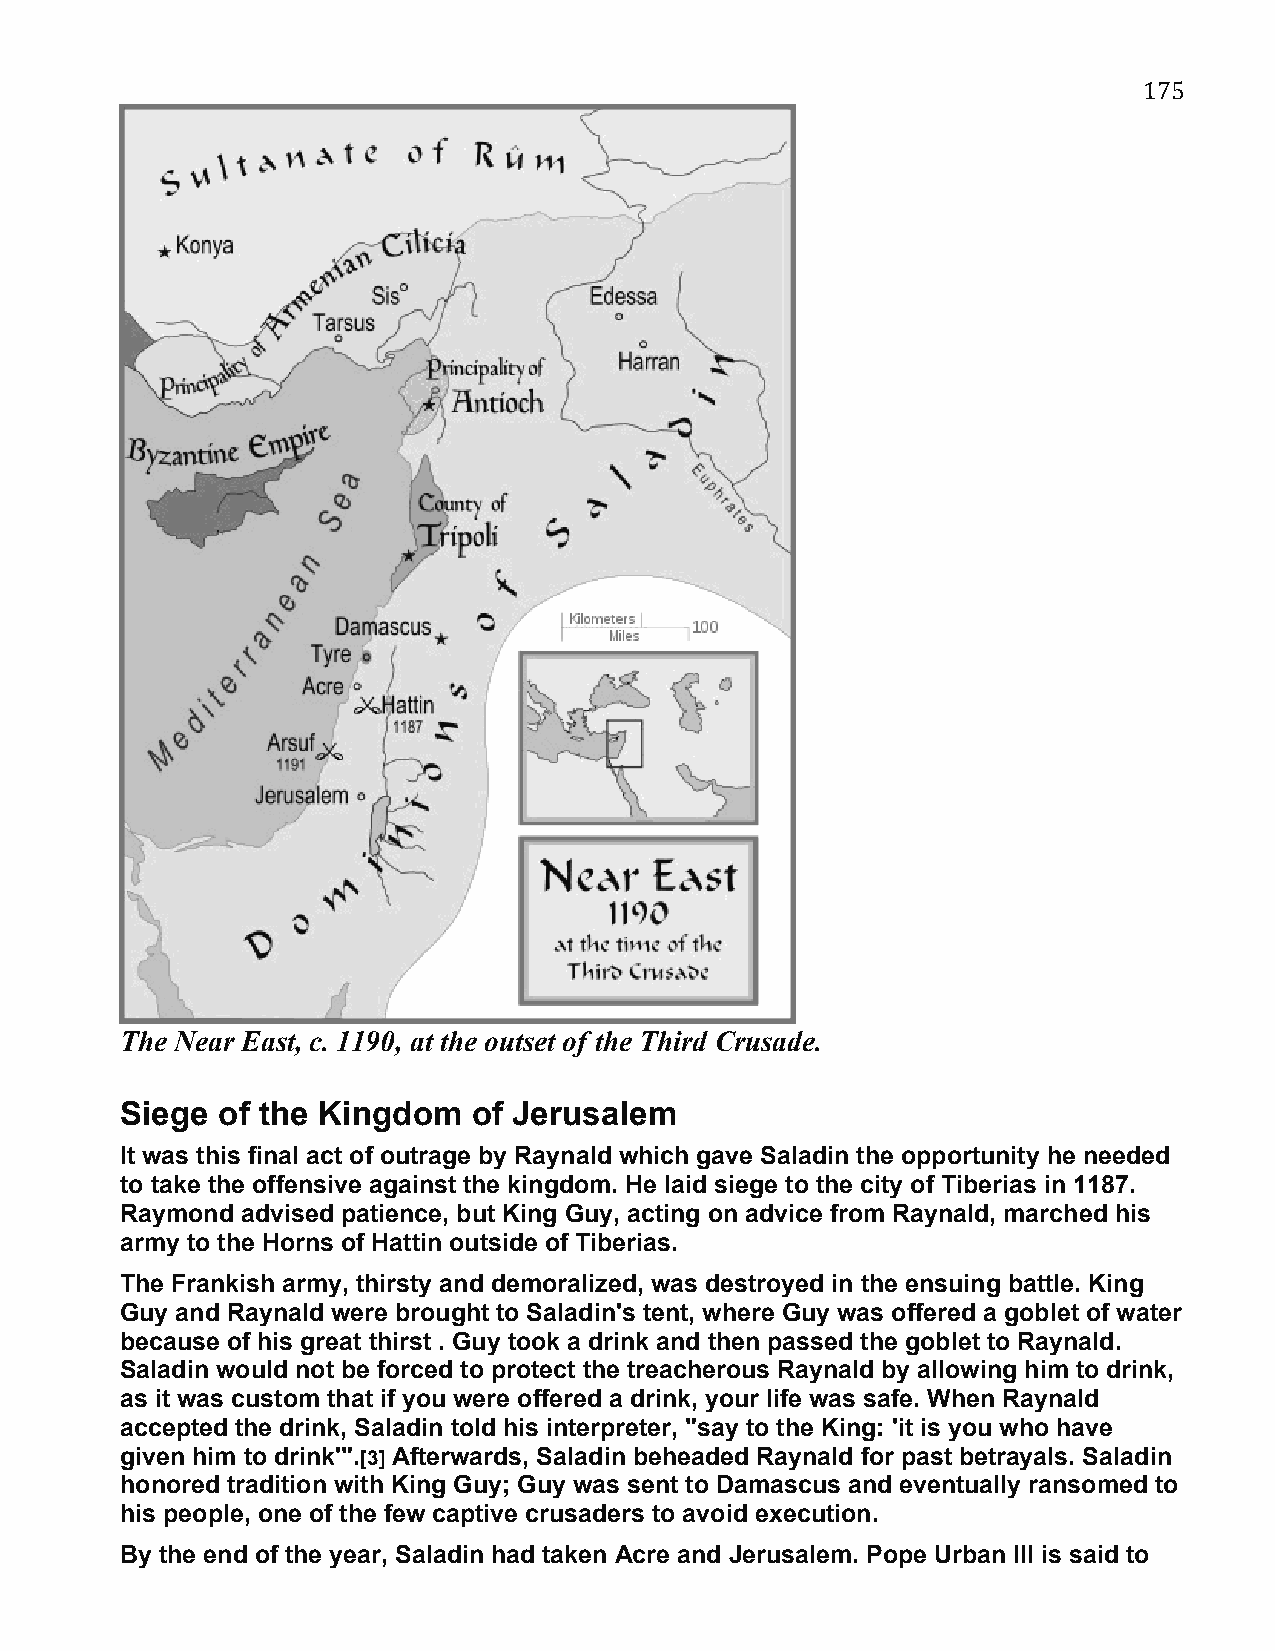
175
 The Near East, c. 1190, at the outset of the Third Crusade.
 Siege of the Kingdom   of Jerusalem
 It was this final act of outrage by Raynald which gave Saladin the opportunity he needed
 to take the offensive against the kingdom. He laid siege to the city of Tiberias in 1187.
 Raymond advised patience, but King Guy, acting on advice from Raynald, marched his
 army to the Horns of Hattin outside of Tiberias.
 The Frankish army, thirsty and demoralized, was destroyed in the ensuing battle. King
 Guy and Raynald were brought to Saladin's tent, where Guy was offered a goblet of water
 because of his great thirst . Guy took a drink and then passed the goblet to Raynald.
 Saladin would not be forced to protect the treacherous Raynald by allowing him to drink,
 as it was custom that if you were offered a drink, your life was safe. When Raynald
 accepted the drink, Saladin told his interpreter, "say to the King: 'it is you who have
 given him to drink'".[3] Afterwards, Saladin beheaded Raynald for past betrayals. Saladin
 honored tradition with King Guy; Guy was sent to Damascus and eventually ransomed to
 his people, one of the few captive crusaders to avoid execution.
 By the end of the year, Saladin had taken Acre and Jerusalem. Pope Urban III is said to